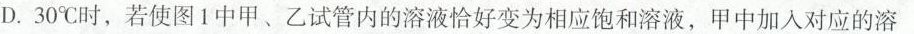
D.30℃时，若使图1中甲、乙试管内的溶液恰好变为相应饱和溶液，甲中加入对应的溶